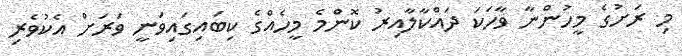
މި ރަށުގެ މީހުންނާ ވާހަކަ ދައްކާލާއިރު ކޮންމެ މީހެއްގެ ކިބައިގައިވަނީ ވަރަށް އެކުވެރި